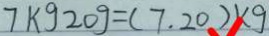
7 k g 2 0 g = ( 7 . 2 0 ) K g